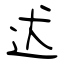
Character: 迖